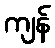
ကျန်